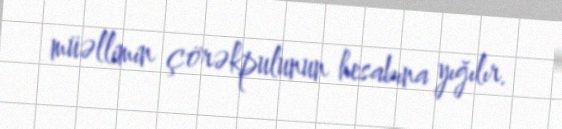
müəllimin çörəkpulunun hesabına yığılır.